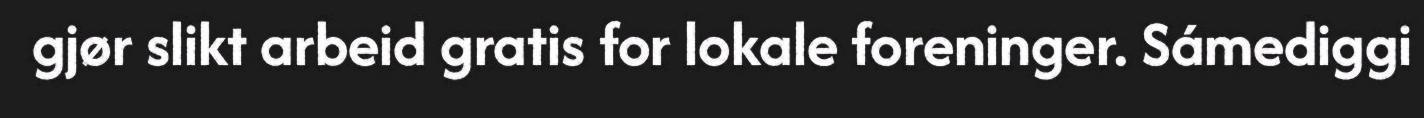
gjør slikt arbeid gratis for lokale foreninger. Sámediggi